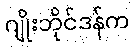
ဂျိုးဘိုင်ဒန်က